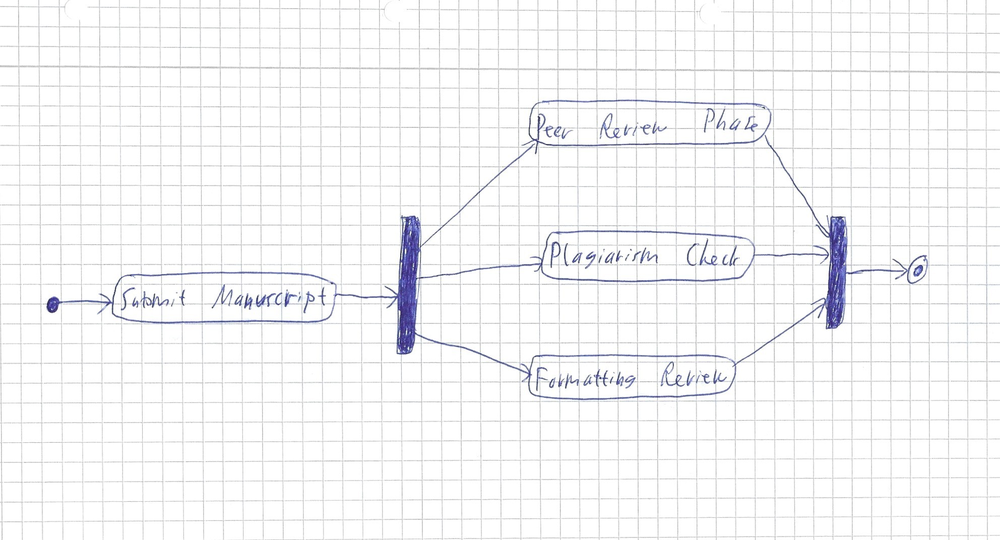
Diagram type: activity_diagram
```plantuml
@startuml

start
:Submit Manuscript;
fork
  :Peer Review Phase;
fork again
  :Plagiarism Check;
fork again
  :Formatting Review;
end fork
stop

@enduml
```